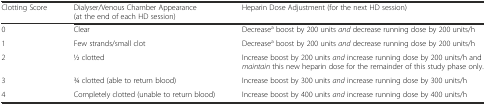
<table><thead><tr><td><b>Clotting Score</b></td><td><b>Dialyser/Venous Chamber Appearance (at the end of each HD session)</b></td><td><b>Heparin Dose Adjustment (for the next HD session)</b></td></tr></thead><tbody><tr><td>0</td><td>Clear</td><td>Decrease<sup>a</sup> boost by 200 units <i>and</i> decrease running dose by 200 units/h</td></tr><tr><td>1</td><td>Few strands/small clot</td><td>Decrease<sup>a</sup> boost by 200 units <i>and</i> decrease running dose by 200 units/h</td></tr><tr><td>2</td><td>1⁄2 clotted</td><td>Increase boost by 200 units <i>and</i> increase running dose by 200 units/h and <i>maintain</i> this new heparin dose for the remainder of this study phase only.</td></tr><tr><td>3</td><td>3⁄4 clotted (able to return blood)</td><td>Increase boost by 300 units <i>and</i> increase running dose by 300 units/h</td></tr><tr><td>4</td><td>Completely clotted (unable to return blood)</td><td>Increase boost by 400 units <i>and</i> increase running dose by 400 units/h</td></tr></tbody></table>